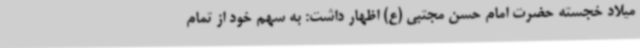
میلاد خجسته حضرت امام حسن مجتبی (ع) اظهار داشت: به سهم خود از تمام